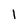
Character: l